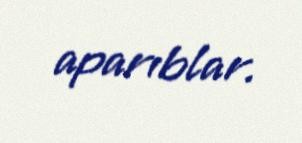
aparıblar.